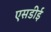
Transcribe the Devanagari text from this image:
एसडीई